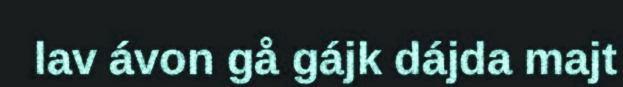
lav ávon gå gájk dájda majt